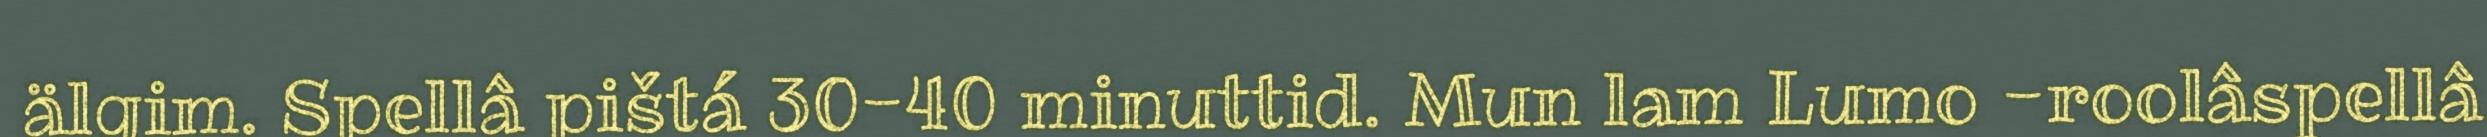
älgim. Spellâ pištá 30-40 minuttid. Mun lam Lumo -roolâspellâ